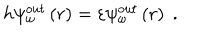
LaTeX: h \psi _ { \omega } ^ { o u t } \left( r \right) = \varepsilon \psi _ { \omega } ^ { o u t } \left( r \right) \; .